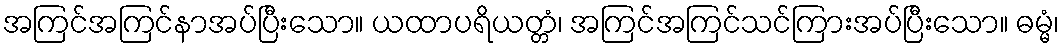
အကြင်အကြင်နာအပ်ပြီးသော။ ယထာပရိယတ္တံ၊ အကြင်အကြင်သင်ကြားအပ်ပြီးသော။ ဓမ္မံ၊